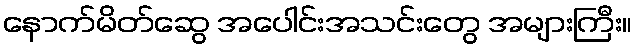
နောက်မိတ်ဆွေ အပေါင်းအသင်းတွေ အများကြီး။